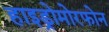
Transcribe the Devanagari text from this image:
हाइड्रोमोरफोन